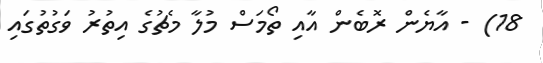
18) - އާޔެން ރޮބެން އާއި ތޯމަސް މުލާ މެޗުގެ އިތުރު ވަގުތުގައި